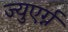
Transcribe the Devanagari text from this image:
ज्युएर्ग्न